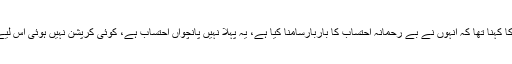
مریم نواز صاحبہ کا کہنا تھا کہ انہوں نے بے رحمانہ احتساب کا باربارسامنا کیا ہے، یہ پہلا نہیں پانچواں احتساب ہے، کوئی کرپشن نہیں ہوئی اس لیے سامنے نہیں آئی۔